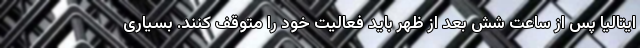
ایتالیا پس از ساعت شش بعد از ظهر باید فعالیت خود را متوقف کنند. بسیاری